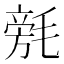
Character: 𣯟